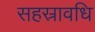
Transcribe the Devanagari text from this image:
सहस्रावधि